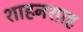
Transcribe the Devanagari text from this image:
शाहनशाह